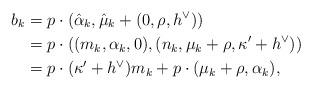
LaTeX: \begin{align*} b_k & = p \cdot (\hat{\alpha}_k, \hat{\mu}_k + (0, \rho, h^{\vee})) \\ &= p \cdot ((m_k, \alpha_k, 0),(n_k, \mu_k+\rho, \kappa' + h^{\vee})) \\ &= p \cdot (\kappa' + h^{\vee}) m_k + p \cdot (\mu_k + \rho, \alpha_k),\end{align*}